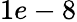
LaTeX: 1e-8